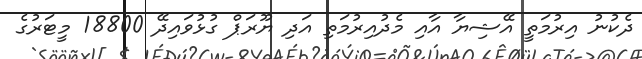
ދެކުނު އިރުމަތީ އޭޝިޔާ އާއި މެދުއިރުމަތި އަދި ޔޫރަޕް ގުޅުވައިދޭ 18800 މީޓަރުގެ